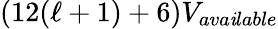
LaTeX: (12(\ell+1)+6)V_{ava\mathit{i}lable}